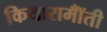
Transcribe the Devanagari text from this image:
कियारामॉँती